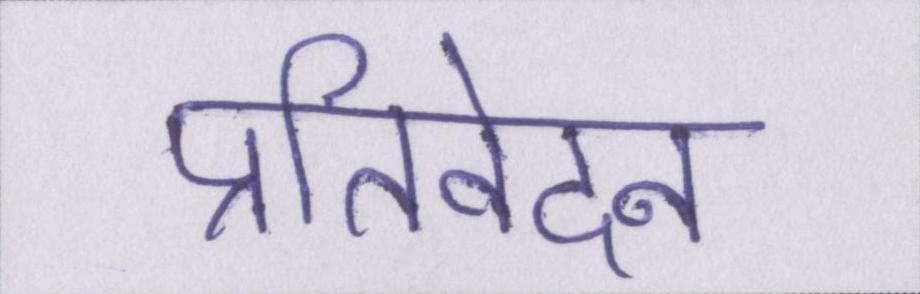
प्रतिवेदन